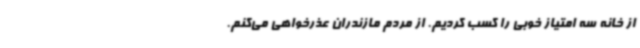
از خانه سه امتیاز خوبی را کسب کردیم. از مردم مازندران عذرخواهی می‌کنم.